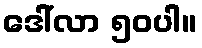
ဒေါ်လာ ၅၀ပါ။